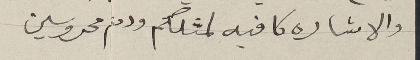
والاشاره كافيه لمثلكم ودمتم محروسين